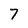
Character: 7